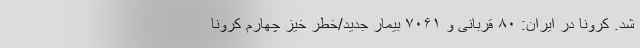
شد. کرونا در ایران: ۸۰ قربانی و ۷۰۶۱ بیمار جدید/خطر خیز چهارم کرونا